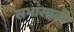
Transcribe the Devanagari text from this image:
सभांसाठी